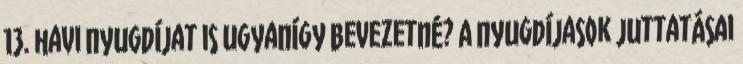
13. havi nyugdíjat is ugyanígy bevezetné? A nyugdíjasok juttatásai